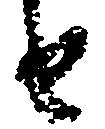
由